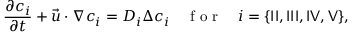
\frac { \partial c _ { i } } { \partial t } + \vec { u } \cdot \nabla c _ { i } = D _ { i } \Delta c _ { i } \quad \mathrm { ~ f ~ o ~ r ~ } \quad i = \{ { \sf I I } , { \sf I I I } , { \sf I V } , { \sf V } \} ,